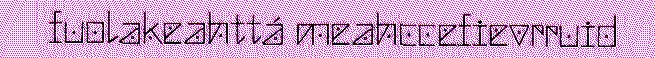
fuolakeahttá meahccefievrruid